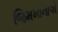
જિમખાનાએ